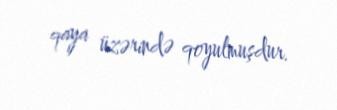
qaya üzərində qoyulmuşdur.